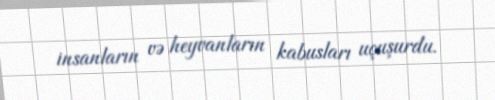
insanların və heyvanların kabusları uçuşurdu.